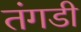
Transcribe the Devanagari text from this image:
तंगडी